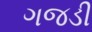
ગજડી